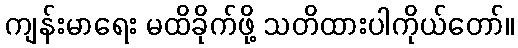
ကျန်းမာရေး မထိခိုက်ဖို့ သတိထားပါကိုယ်တော်။